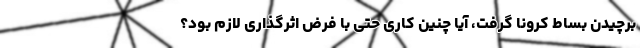
برچیدن بساط کرونا گرفت، آیا چنین کاری حتی با فرض اثرگذاری لازم بود‌؟‌